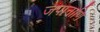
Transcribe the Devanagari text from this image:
जपानाणि